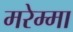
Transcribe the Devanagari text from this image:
मरेम्मा